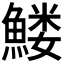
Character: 𱆹